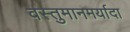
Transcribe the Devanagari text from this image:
वस्तुमानमर्यादा